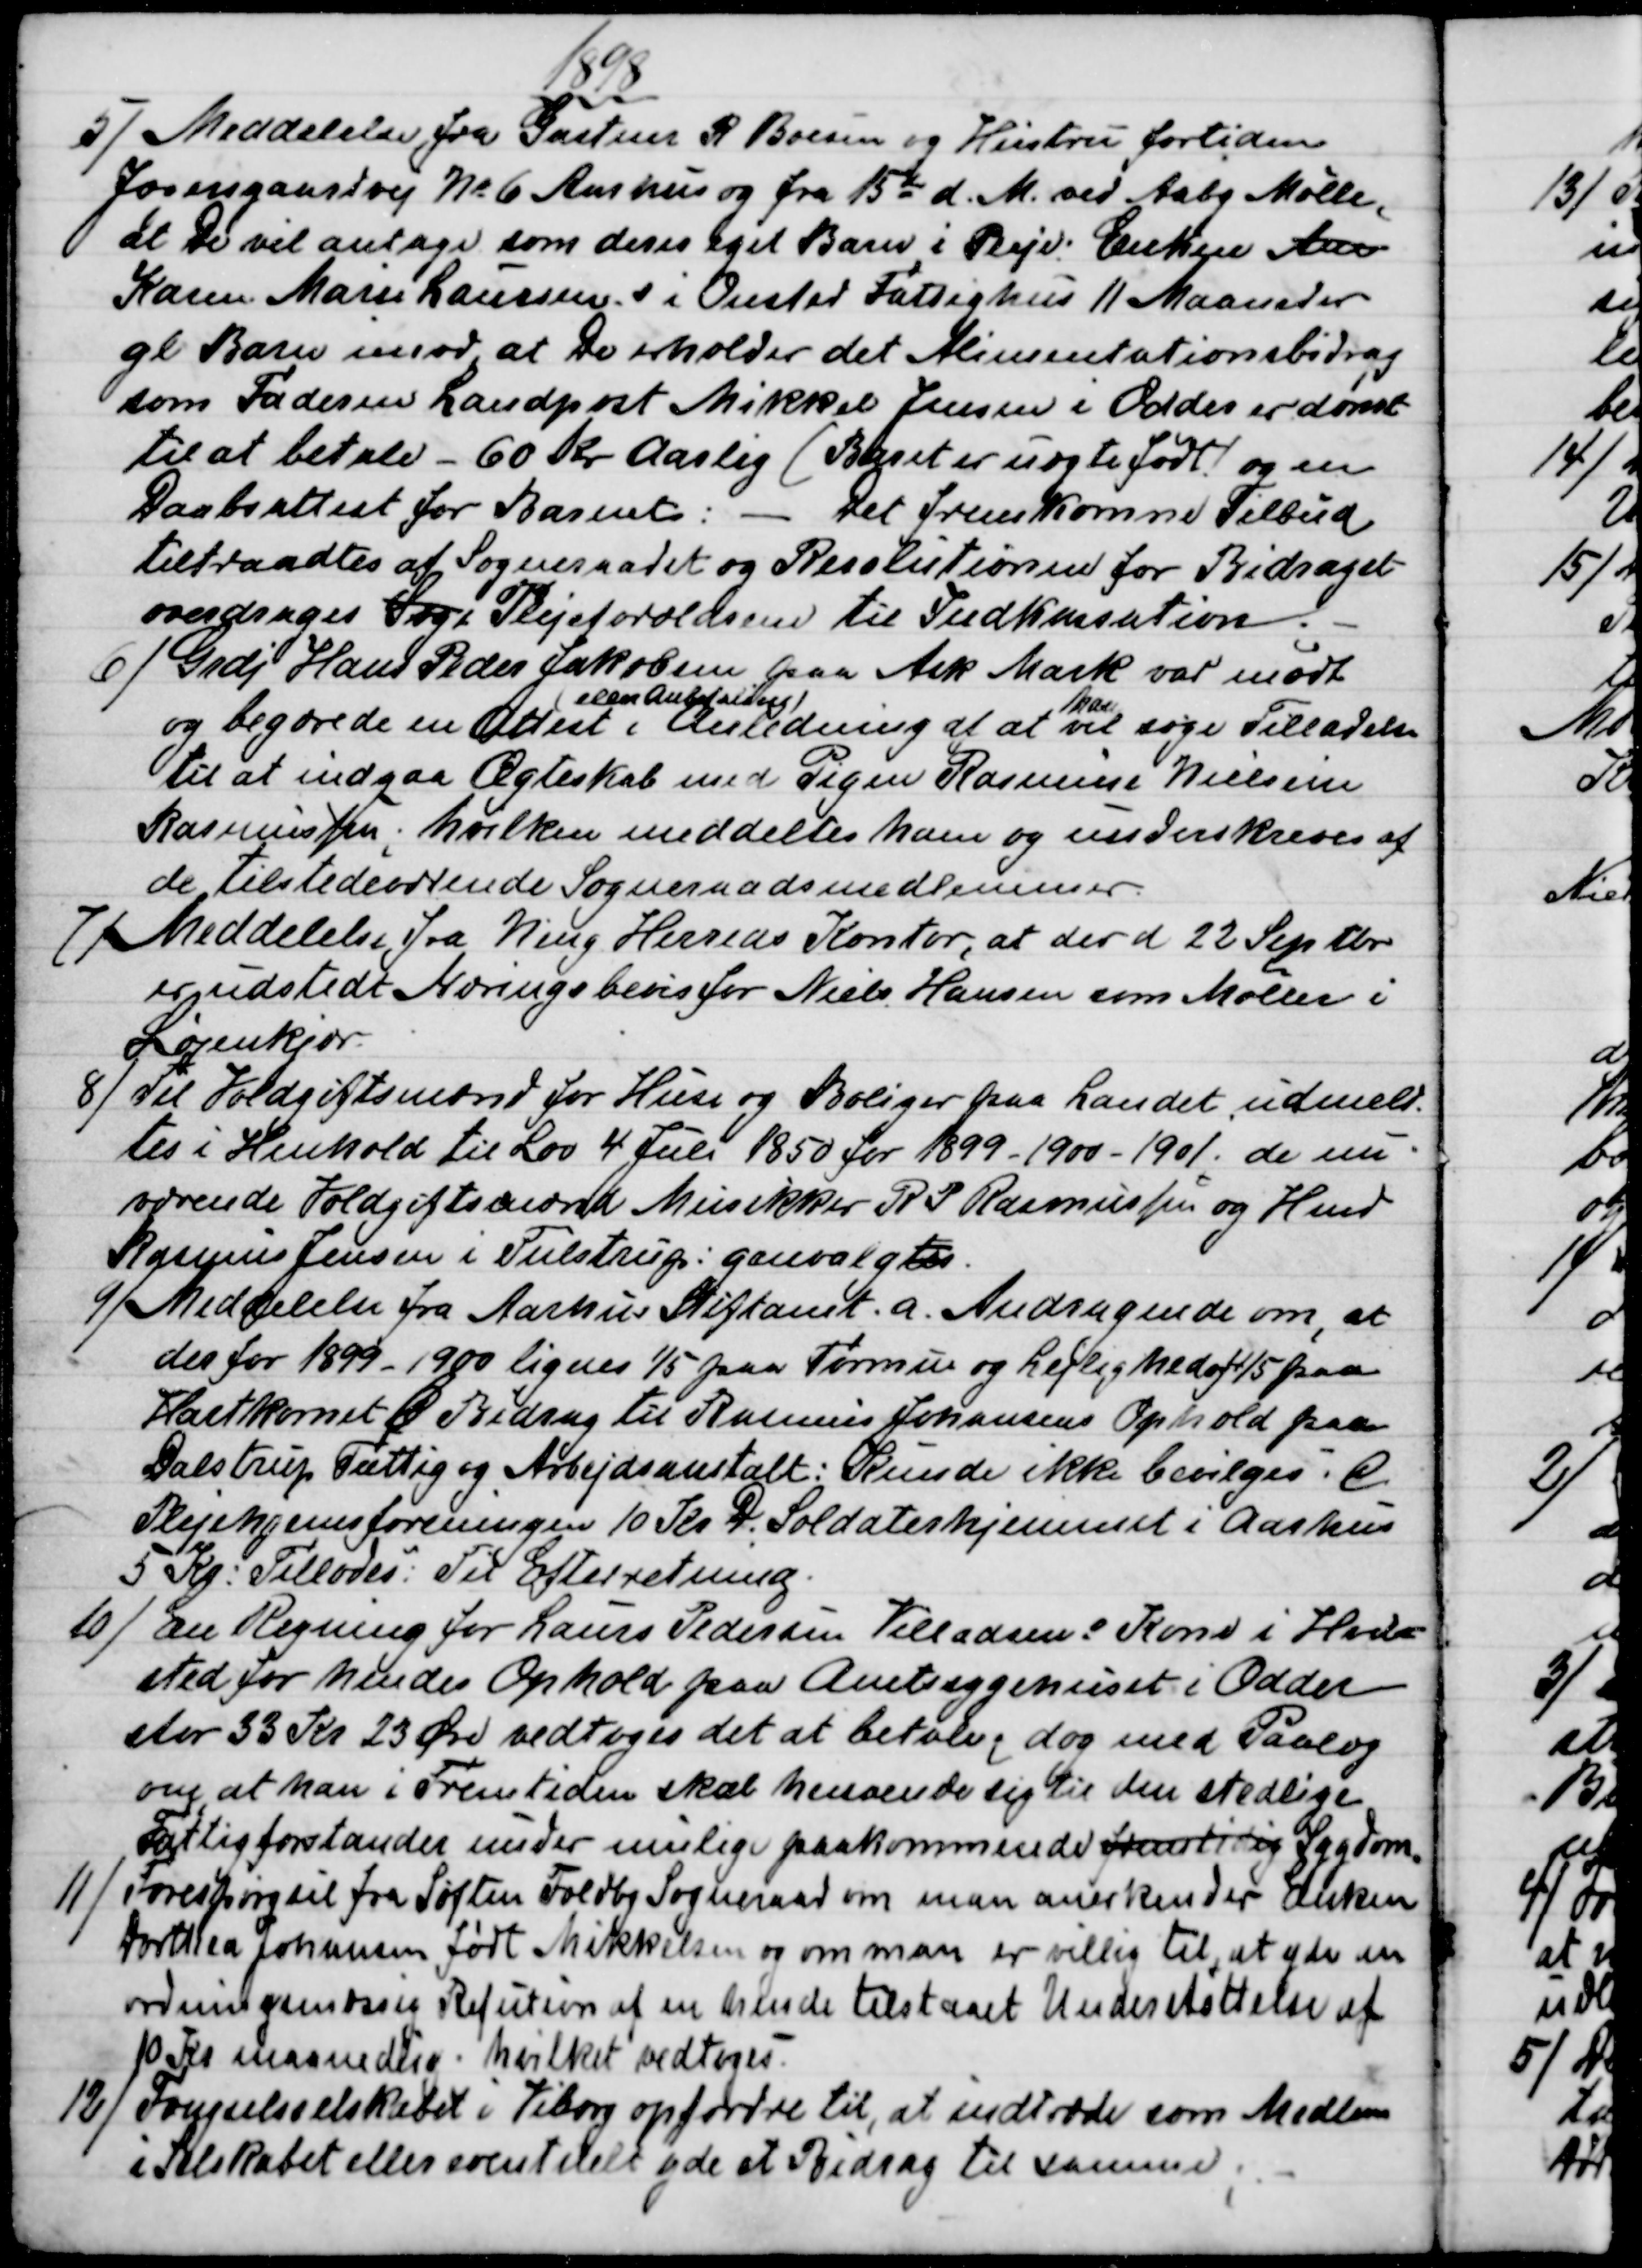
Transskription:
1898
5) 
Meddelelse fra Gartner R. Boesen og Hustru fortiden
Jægersgaardvej № 6 Aarhus og fra 15de d. M. ved Aaby Mølle,
at De vil antage som deres eget Barn i Pleje: Enken Ane
Karen Marie Laursens i Onsted Fattighus 11 Maaneder
gl Barn imod, at De erholder det Alimentationsbidrag
som Faderen Landpost Mikkel Jensen i Odder er dømt
til at betale - 60 Kr aarlig (Barnet er uægte født) og en
Daabsattest for Barnet: - Det fremkomne Tilbud
tiltraadtes af Sogneraadet og Resolutionen for Bidraget
overdrages Sogn Plejeforældrene til Indkassation.
6) 
Grdj. Hans Peder Jakobsen paa Ask Mark var mødt
og begærede en Attest 
eller anbefaling
i Anledning af at 
han
vil søge Tilladelse
til at indgaa Ægteskab med Pigen Rasmine Nielsen
Rasmussen; hvilken meddeltes ham og underskreves af
de tilstedeværende Sogneraadsmedlemmer.
7) 
Meddelelse fra Ning Herreds Kontor, at der d 22 Septbr.
er udstedt Næringsbevis for Niels Hansen som Møller i
Løjenkjær.
8) 
Til Voldgiftsmænd for Huse og Boliger paa Landet udmeld-
tes i Henhold til Lov 4 Juli 1850 for 1899-1900-1901, de nu-
værende Voldgiftsmænd Musikker R. P. Rasmussen og Hmd
Rasmus Jensen i Tulstrup: genvalgtes.
9) 
Meddelelse fra Aarhus Stiftamt. a. Andragende om, at
der for 1899 - 1900 lignes 1/5 paa Formue og Lejlighed og 4/5 paa
Hartkornet. B Bidrag til Rasmus Johansens Ophold paa
Dalstrup Fattig og Arbejdsanstalt: Kunde ikke bevilges. C
Plejehjemsforeningen 10 Kr. D. Soldaterhjemmet i Aarhus
5 Kr: Tillodes: Til Efterretning. 
10)
En Regning for Laurs Pedersen Villadsens Kone i Hvil-
sted for hendes Ophold paa Amtssygehuset i Odder
stor 33 Kr 23 Øre vedtoges det at betale; dog med Paalæg
om at han i Fremtiden skal henvende sig til den stedlige
Fattigforstander under mulige paakommende fremtidig Sygdom.
11)
Forespørgsel fra Søften Foldby Sogneraad om man anerkender Enken
Dorthea Johansen født Mikkelsen og om man er villig til, at yde en
ordningsmæssig Refution af en hende tilstaaet Understøttelse af
10 Kr maanedlig. hvilket vedtoges.
12) 
Fængselsselskabet i Viborg opfordre til, at indtræde som Medlem
i Selskabet eller eventuelt yde et Bidrag til samme;